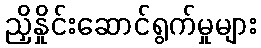
ညှိနှိုင်းဆောင်ရွက်မှုများ